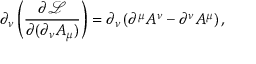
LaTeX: \partial _ { \nu } \left( { \frac { \partial { \mathcal { L } } } { \partial ( \partial _ { \nu } A _ { \mu } ) } } \right) = \partial _ { \nu } \left( \partial ^ { \mu } A ^ { \nu } - \partial ^ { \nu } A ^ { \mu } \right) ,